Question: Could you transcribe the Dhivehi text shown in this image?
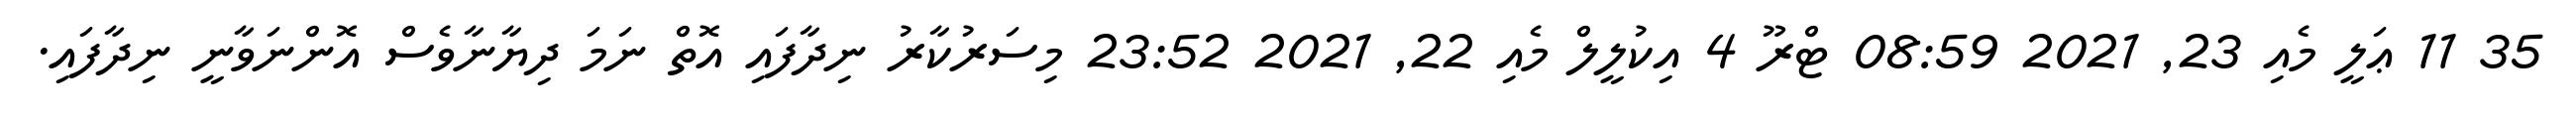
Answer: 35 11 ޢަލީ މެއި 23, 2021 08:59 ޓްރޫ 4 އިކުލީލް މެއި 22, 2021 23:52 މިސަރުކާރު ނިދާފައި އޮތް ނަމަ ދިޔާނާވެސް އޮންނަވާނީ ނިދާފައި.